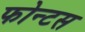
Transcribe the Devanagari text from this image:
फोन्टस